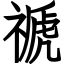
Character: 禠